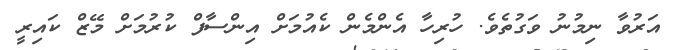
އަރުވާ ނިމުނު ވަގުތެވެ. ހުރިހާ އެންމެން ކެއުމަށް އިންސާފް ކުރުމަށް މޭޒް ކައިރީ